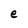
Character: e